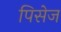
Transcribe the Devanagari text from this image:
पिसेज